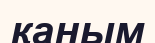
қаным